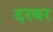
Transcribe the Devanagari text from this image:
दरबर